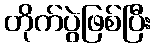
တိုက်ပွဲဖြစ်ပြီး